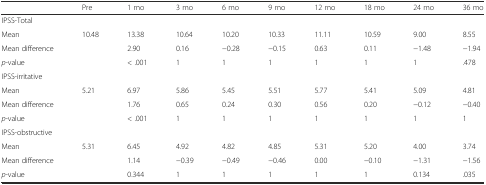
<table><thead><tr><td></td><td><b>Pre</b></td><td><b>1 mo</b></td><td><b>3 mo</b></td><td><b>6 mo</b></td><td><b>9 mo</b></td><td><b>12 mo</b></td><td><b>18 mo</b></td><td><b>24 mo</b></td><td><b>36 mo</b></td></tr></thead><tbody><tr><td colspan="10">IPSS-Total</td></tr><tr><td>Mean</td><td>10.48</td><td>13.38</td><td>10.64</td><td>10.20</td><td>10.33</td><td>11.11</td><td>10.59</td><td>9.00</td><td>8.55</td></tr><tr><td>Mean difference</td><td rowspan="2"></td><td>2.90</td><td>0.16</td><td>−0.28</td><td>−0.15</td><td>0.63</td><td>0.11</td><td>−1.48</td><td>−1.94</td></tr><tr><td><i>p</i>-value</td><td>&lt; .001</td><td>1</td><td>1</td><td>1</td><td>1</td><td>1</td><td>1</td><td>.478</td></tr><tr><td colspan="10">IPSS-irritative</td></tr><tr><td>Mean</td><td>5.21</td><td>6.97</td><td>5.86</td><td>5.45</td><td>5.51</td><td>5.77</td><td>5.41</td><td>5.09</td><td>4.81</td></tr><tr><td>Mean difference</td><td rowspan="2"></td><td>1.76</td><td>0.65</td><td>0.24</td><td>0.30</td><td>0.56</td><td>0.20</td><td>−0.12</td><td>−0.40</td></tr><tr><td><i>p</i>-value</td><td>&lt; .001</td><td>1</td><td>1</td><td>1</td><td>1</td><td>1</td><td>1</td><td>1</td></tr><tr><td colspan="10">IPSS-obstructive</td></tr><tr><td>Mean</td><td>5.31</td><td>6.45</td><td>4.92</td><td>4.82</td><td>4.85</td><td>5.31</td><td>5.20</td><td>4.00</td><td>3.74</td></tr><tr><td>Mean difference</td><td rowspan="2"></td><td>1.14</td><td>−0.39</td><td>−0.49</td><td>−0.46</td><td>0.00</td><td>−0.10</td><td>−1.31</td><td>−1.56</td></tr><tr><td><i>p</i>-value</td><td>0.344</td><td>1</td><td>1</td><td>1</td><td>1</td><td>1</td><td>0.134</td><td>.035</td></tr></tbody></table>